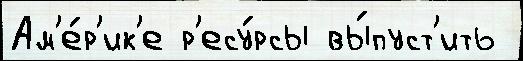
Ам'е́р'ик'е р'есу́рсы вы́пуст'ить